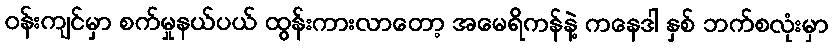
ဝန်းကျင်မှာ စက်မှုနယ်ပယ် ထွန်းကားလာတော့ အမေရိကန်နဲ့ ကနေဒါ နှစ် ဘက်စလုံးမှာ